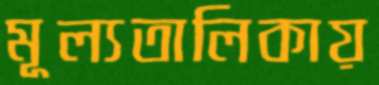
মূল্যতালিকায়